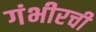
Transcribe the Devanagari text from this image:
गंभीरची